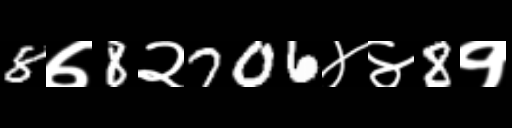
Text: 8७8२706४४8१